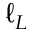
\ell _ { L }